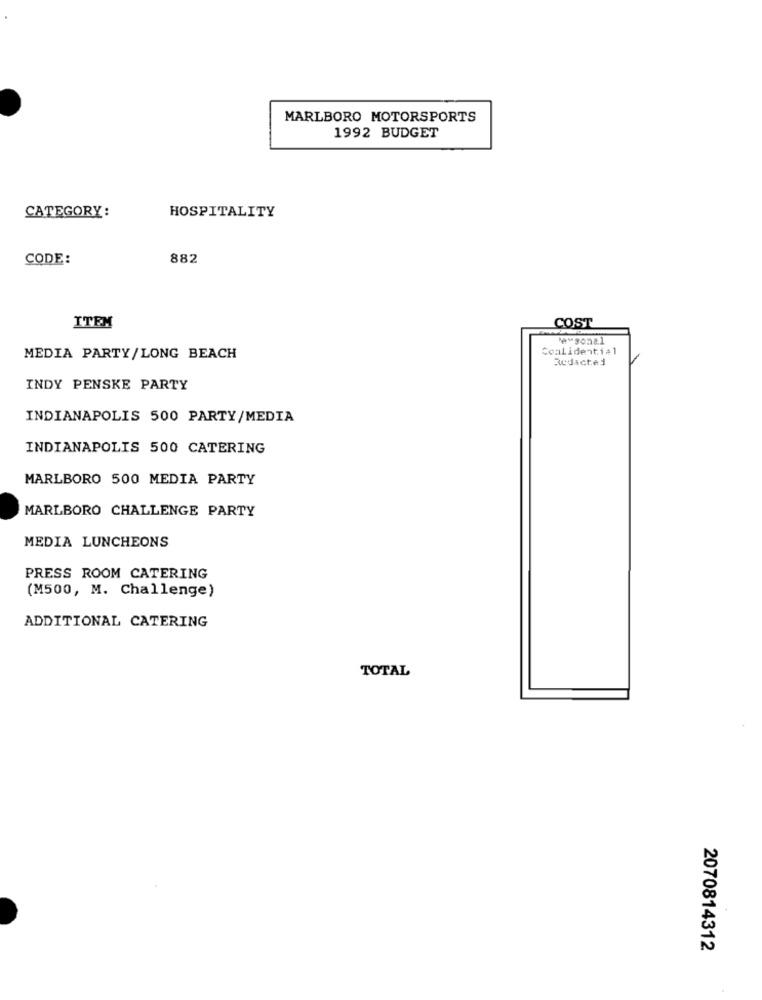
MARLBORO MOTORSPORTS
1992 BUDGET
CATEGORY:
HOSPITALITY
CODE:
882
ITEM
COST
Coalidential
MEDIA PARTY/LONG BEACH
Redacted
INDY PENSKE PARTY
INDIANAPOLIS 500 PARTY/MEDIA
INDIANAPOLIS 500 CATERING
MARLBORO 500 MEDIA PARTY
MARLBORO CHALLENGE PARTY
MEDIA LUNCHEONS
PRESS ROOM CATERING
(M500, M. Challenge)
ADDITIONAL CATERING
TOTAL
2070814312
.